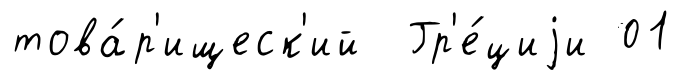
това́р'ищеск'ий Гр'е́циjи 01